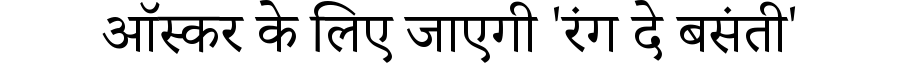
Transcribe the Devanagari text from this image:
ऑस्कर के लिए जाएगी 'रंग दे बसंती'